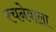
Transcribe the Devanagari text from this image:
रचनेवाला